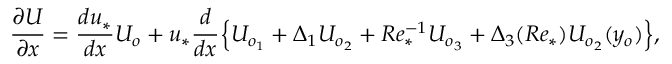
\frac { \partial U } { \partial x } = \frac { d u _ { * } } { d x } U _ { o } + u _ { * } \frac { d } { d x } \Big \{ U _ { o _ { 1 } } + \Delta _ { 1 } U _ { o _ { 2 } } + R e _ { * } ^ { - 1 } U _ { o _ { 3 } } + \Delta _ { 3 } ( R e _ { * } ) U _ { o _ { 2 } } ( y _ { o } ) \Big \} ,